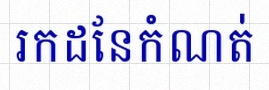
រកដែនកំណត់